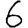
Digit: 6